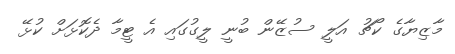
މާޒިޔާގެ ކޯޗު އަލީ ސުޒޭން ބުނީ ލީގުގައި އެ ޓީމާ ދެކޮޅަށް ކުޅޭ